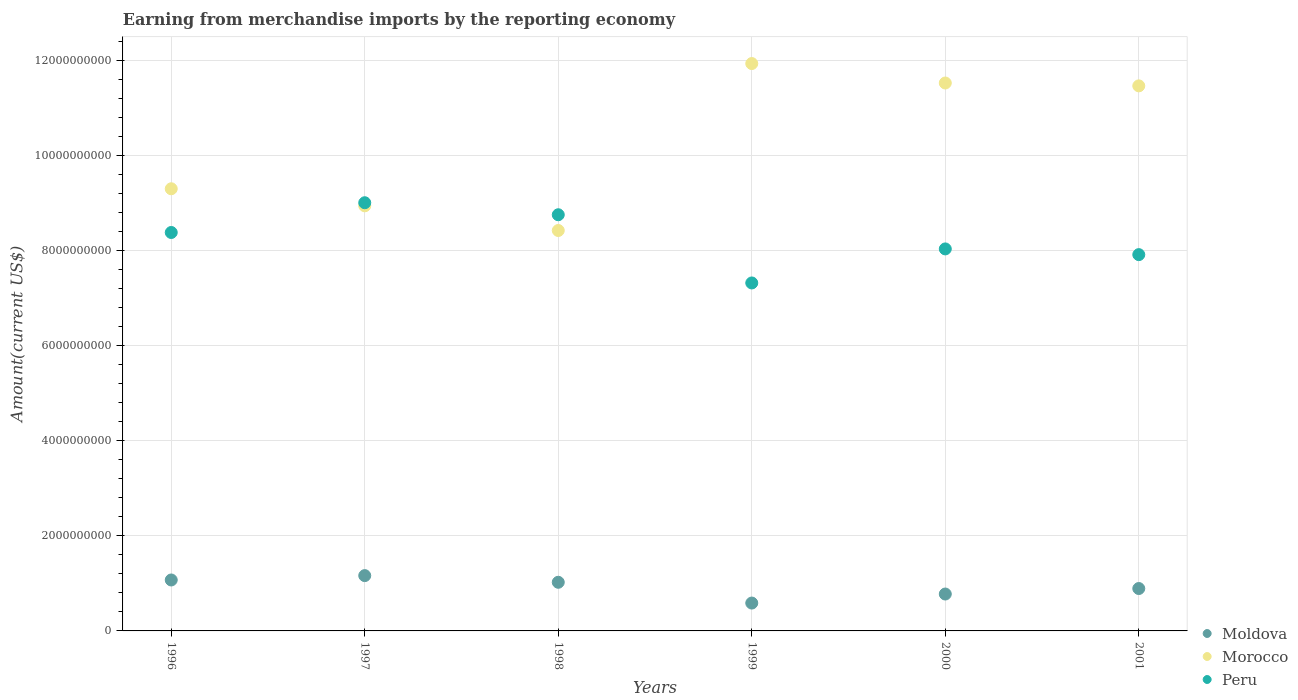
| Years | Moldova | Morocco | Peru |
 | --- | --- | --- | --- |
 | 1996 | 1.07e+09 | 9.31e+09 | 8.39e+09 |
 | 1997 | 1.16e+09 | 8.95e+09 | 9.01e+09 |
 | 1998 | 1.02e+09 | 8.43e+09 | 8.76e+09 |
 | 1999 | 5.86e+08 | 1.19e+10 | 7.32e+09 |
 | 2000 | 7.76e+08 | 1.15e+10 | 8.04e+09 |
 | 2001 | 8.92e+08 | 1.15e+10 | 7.92e+09 |